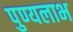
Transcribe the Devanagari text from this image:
पुण्यलाभ